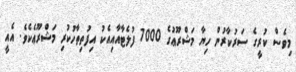
މިވެސް ކުރީގެ ސަރުކާރުން ހިޔާ މަޝްރޫޢުގެ 7000 ފުލެޓާއާއިއެކު އިފުތިތާހުކުރި މަޝްރޫޢެކެވެ. އެއީ